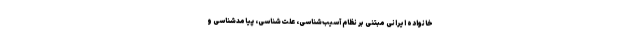
خانواده ایرانی مبتنی بر نظام آسیب‌شناسی، علت‌شناسی، پیامدشناسی و